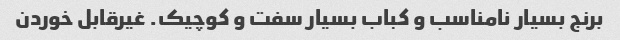
برنج بسیار نامناسب و کباب بسیار سفت و کوچیک. غیرقابل خوردن